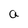
Character: a